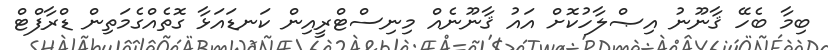
ބިމާ ބެހޭ ޤާނޫނު އިޞްލާހުކޮށް އައު ޤާނޫނެއް މިނިސްޓްރީއިން ކަނޑައަޅާ ގޮތެއްގެމަތިން ޑްރާފްޓް